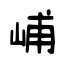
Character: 峬